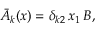
{ \bar { A } } _ { k } ( x ) = \delta _ { k 2 } \, x _ { 1 } \, B ,